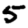
Digit: 5